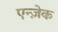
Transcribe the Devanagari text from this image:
एन्ज़ेक